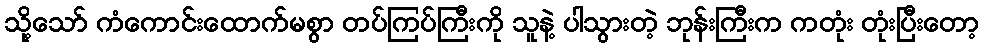
သို့သော် ကံကောင်းထောက်မစွာ တပ်ကြပ်ကြီးကို သူနဲ့ ပါသွားတဲ့ ဘုန်းကြီးက ကတုံး တုံးပြီးတော့